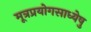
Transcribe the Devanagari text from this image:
मूत्रप्रयोगसाध्येषु